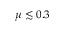
\mu \lesssim 0 . 3